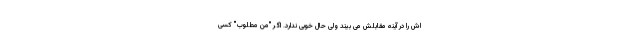
اش را در آینه مقابلش می بیند ولی حال خوبی ندارد. اگر "منِ مطلوب" کسی